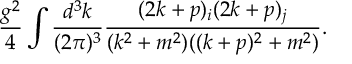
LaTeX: \frac { g ^ { 2 } } { 4 } \int \frac { d ^ { 3 } k } { ( 2 \pi ) ^ { 3 } } \frac { ( 2 k + p ) _ { i } ( 2 k + p ) _ { j } } { ( k ^ { 2 } + m ^ { 2 } ) ( ( k + p ) ^ { 2 } + m ^ { 2 } ) } .